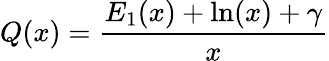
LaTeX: Q(x)=\frac{E_{1}(x)+\ln(x)+\gamma}{x}